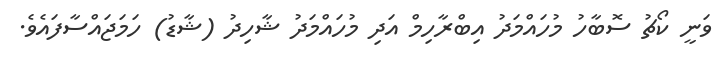
ވަނީ ކޯޗު ސޮބާހު މުހައްމަދު އިބްރާހިމް އަދި މުހައްމަދު ޝާހިދު (ޝާޑު) ހަމަޖައްސާފައެވެ.